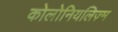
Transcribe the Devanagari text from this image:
कोलोनियलिज़्म